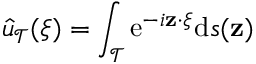
\hat { u } _ { \mathcal { T } } ( \boldsymbol { \xi } ) = \int _ { \mathcal { T } } \mathrm { e } ^ { - i \mathbf { z } \cdot \boldsymbol { \xi } } \mathrm { d } s ( \mathbf { z } )